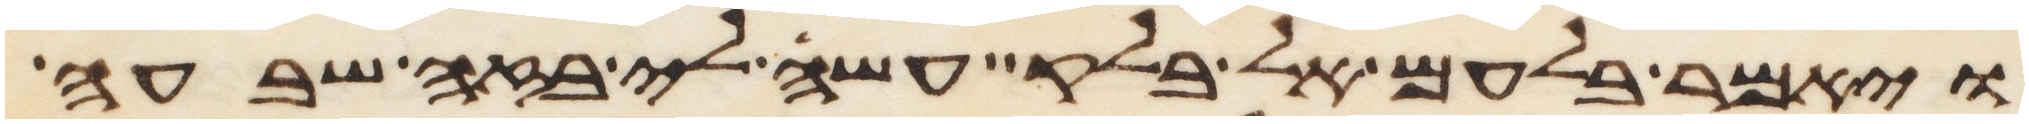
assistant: ויאמר בלעם אל בלק עשה לי בזה שבעה